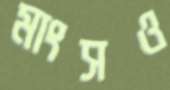
মাংসও